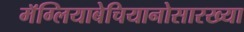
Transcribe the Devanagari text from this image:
मॅग्लियाबेचियानोसारख्या